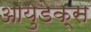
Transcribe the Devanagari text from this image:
आयुडेक्स